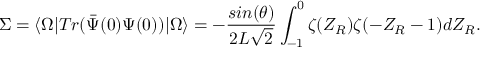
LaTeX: \Sigma = \langle \Omega \vert T r ( { \bar { \Psi } ( 0 ) } \Psi ( 0 ) ) \vert \Omega \rangle = - { \frac { s i n ( \theta ) } { 2 L \sqrt { 2 } } } \int _ { - 1 } ^ { 0 } \zeta ( Z _ { R } ) \zeta ( - Z _ { R } - 1 ) d Z _ { R } .